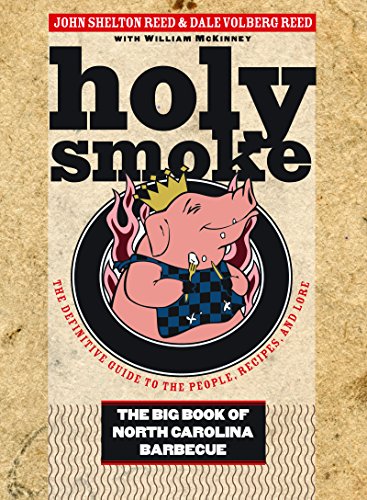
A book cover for Holy Smoke: The Big Book of North Carolina Barbecue; John Shelton Reed; Cookbooks, Food & Wine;